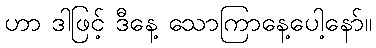
ဟာ ဒါဖြင့် ဒီနေ့ သောကြာနေ့ပေါ့နော်။